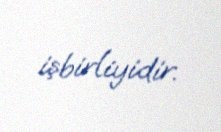
işbirliyidir.